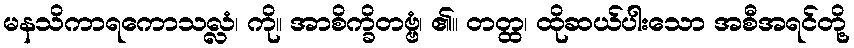
မနသိကာရကောသလ္လံ၊ ကို။ အာစိက္ခိတဗ္ဗံ၊ ၏။ တတ္ထ၊ ထိုဆယ်ပါးသော အစီအရင်တို့